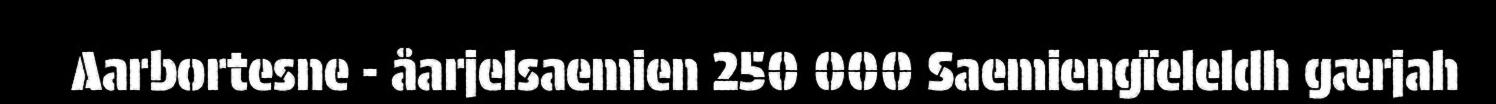
Aarbortesne - åarjelsaemien 250 000 Saemiengïeleldh gærjah